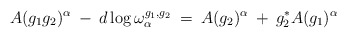
\begin{align*}A(g_1 g_2)^{\alpha} \: - \: d \log \omega^{g_1, g_2}_{\alpha}\: = \:A(g_2)^{\alpha} \: + \: g_2^* A(g_1)^{\alpha}\end{align*}